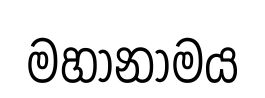
මහානාමය